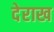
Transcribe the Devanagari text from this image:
देराख